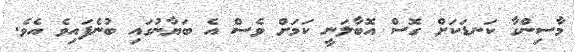
މާސިންގާ ކަނޑަކަށް ގޮސް އޮބާލަނީ ކަމަށް ވެސް އެ ބަޔާނުގައި ބުނެފައިވެ އެވެ.